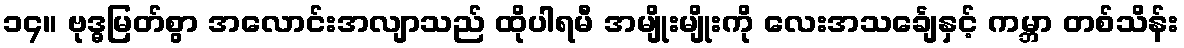
၁၄။ ဗုဒ္ဓမြတ်စွာ အလောင်းအလျာသည် ထိုပါရမီ အမျိုးမျိုးကို လေးအသင်္ချေနှင့် ကမ္ဘာ တစ်သိန်း